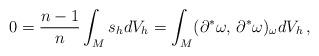
LaTeX: \begin{align*} 0= \frac{n-1}{n} \int_M s_{h} dV_h = \int_M (\partial^* \omega, \, \partial^* \omega)_\omega dV_h \, , \end{align*}